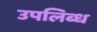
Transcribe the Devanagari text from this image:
उपलिब्ध